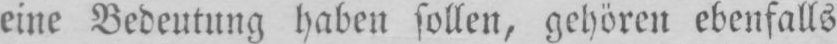
eine Bedeutung haben sollen, gehören ebenfalls